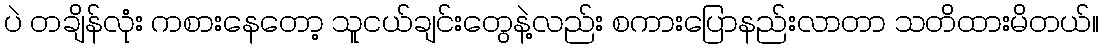
ပဲ တချိန်လုံး ကစားနေတော့ သူငယ်ချင်းတွေနဲ့လည်း စကားပြောနည်းလာတာ သတိထားမိတယ်။